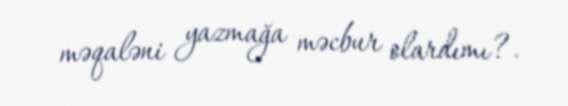
məqaləni yazmağa məcbur olardımı?.